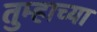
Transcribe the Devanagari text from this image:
तुम्हाच्या